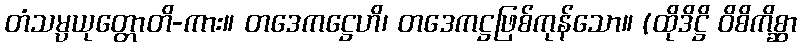
တံသမ္ပယုတ္တောတိ-ကား။ တဒေကဋ္ဌေဟိ၊ တဒေကဋ္ဌဖြစ်ကုန်သော။ (ထိုဒိဋ္ဌိ ဝိစိကိစ္ဆာ